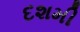
દશમી